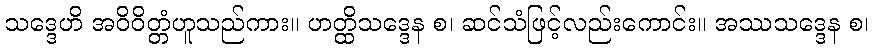
သဒ္ဒေဟိ အဝိဝိတ္တံဟူသည်ကား။ ဟတ္ထိသဒ္ဒေန စ၊ ဆင်သံဖြင့်လည်းကောင်း။ အဿသဒ္ဒေန စ၊